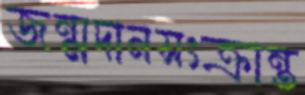
জন্মদানসংক্রান্ত